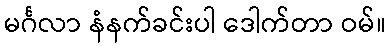
မင်္ဂလာ နံနက်ခင်းပါ ဒေါက်တာ ဝမ်။